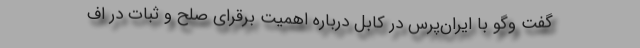
گفت وگو با ایران‌پرس در کابل درباره اهمیت برقرای صلح و ثبات در اف